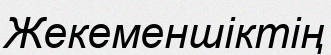
Жекеменшіктің